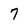
Character: 7